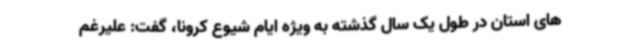
های استان در طول یک سال گذشته به ویژه ایام شیوع کرونا، گفت: علیرغم